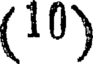
(10)